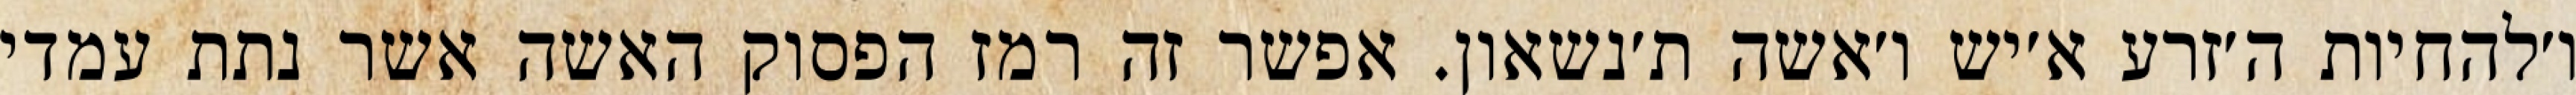
ו׳להחיות ה׳זרע א׳יש ו׳אשה ת׳נשאון. אפשר זה רמז הפסוק האשה אשר נתת עמדי